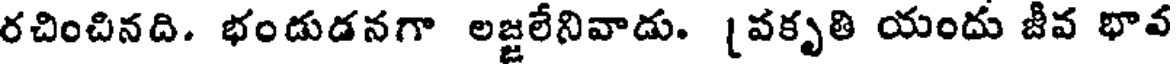
రచించినది. భండుడనగా లజ్జలేనివాడు. [పకృతి యందు జీవ భావ